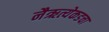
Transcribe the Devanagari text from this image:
नैऋत्येकडचा